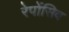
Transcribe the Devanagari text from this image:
रेपोंसिव